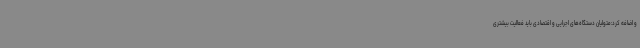
و اضافه کرد:متولیان دستگاه‌های اجرایی و اقتصادی باید فعالیت بیشتری